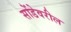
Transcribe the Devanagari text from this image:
सोंडेवरील